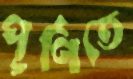
পূর্ণিতে